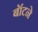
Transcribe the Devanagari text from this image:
बॉटने